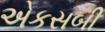
એકસબી